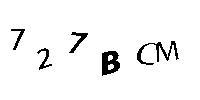
727BMC